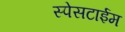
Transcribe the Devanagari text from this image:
स्पेसटाईम